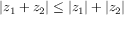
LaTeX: | z _ { 1 } + z _ { 2 } | \leq | z _ { 1 } | + | z _ { 2 } |